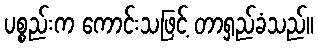
ပစ္စည်းက ကောင်းသဖြင့် တာရှည်ခံသည်။